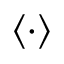
\langle \cdot \rangle